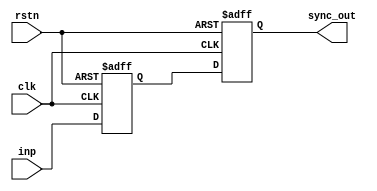
//--=================================================================================================
//-- File Name                           : axi_lbus_corefifo_NstagesSync.v

//-- Targeted device                     : Microsemi-SoC
//-- Author                              : India Solutions Team
//--
//-- COPYRIGHT 2019 BY MICROSEMI
//-- THE INFORMATION CONTAINED IN THIS DOCUMENT IS SUBJECT TO LICENSING RESTRICTIONS FROM MICROSEMI
//-- CORP. IF YOU ARE NOT IN POSSESSION OF WRITTEN AUTHORIZATION FROM MICROSEMI FOR USE OF THIS
//-- FILE, THEN THE FILE SHOULD BE IMMEDIATELY DESTROYED AND NO BACK-UP OF THE FILE SHOULD BE MADE.
//--
//--=================================================================================================

`timescale 1ns / 100ps

module ddr_rw_arbiter_C0_ddr_rw_arbiter_C0_0_corefifo_NstagesSync(
                  clk,
                  rstn,
                  inp,
                  sync_out
                  );

   // --------------------------------------------------------------------------
   // PARAMETER Declaration
   // --------------------------------------------------------------------------
  parameter NUM_STAGES = 2;
  parameter ADDRWIDTH = 3;

input clk;
input rstn;
input [ADDRWIDTH : 0 ] inp;
output [ADDRWIDTH : 0 ] sync_out;

//reg [WIDTH -1:0] signal_out;

 reg [ADDRWIDTH : 0 ] shift_reg [NUM_STAGES-1:0] ;

integer i;
always @ ( posedge clk or negedge rstn) 
  begin	
    if (!rstn) 
      begin
        for(i = NUM_STAGES-1; i >= 0 ; i = i-1) 
          begin
		    shift_reg[i] <= 'h0;
          end
      end
 /// signal_out <= 'h0;
  else
    begin

	  for(i = NUM_STAGES-1; i > 0; i = i-1) 
		shift_reg[i] <= shift_reg[i-1];

	shift_reg[0] <= inp;
//end
    //signal_out <= shift_reg[NUM_STAGES-1];
    end
end 

assign sync_out = shift_reg[NUM_STAGES-1];


   
   
endmodule // corefifo_doubleSync

   // --------------------------------------------------------------------------
   //                             End - of - Code
   // --------------------------------------------------------------------------